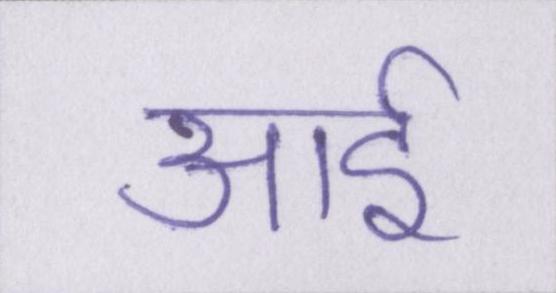
आई